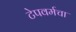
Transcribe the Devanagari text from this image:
टेपवर्मचा